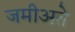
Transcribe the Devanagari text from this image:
जमीअते